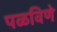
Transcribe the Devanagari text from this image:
पळविणे